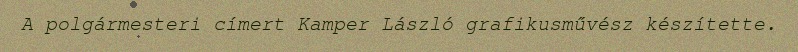
A polgármesteri címert Kamper László grafikusművész készítette.